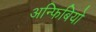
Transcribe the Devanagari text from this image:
अन्फिबियो